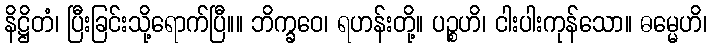
နိဋ္ဌိတံ၊ ပြီးခြင်းသို့ရောက်ပြီ။။ ဘိက္ခဝေ၊ ရဟန်းတို့။ ပဉ္စဟိ၊ ငါးပါးကုန်သော။ ဓမ္မေဟိ၊